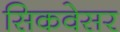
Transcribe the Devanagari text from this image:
सिकवेसर